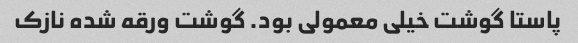
پاستا گوشت خیلی معمولی بود. گوشت ورقه شده نازک